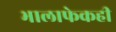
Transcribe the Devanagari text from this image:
भालाफेकही